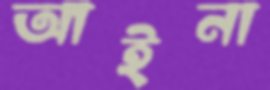
আইনা